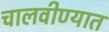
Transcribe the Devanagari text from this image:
चालवीण्यात